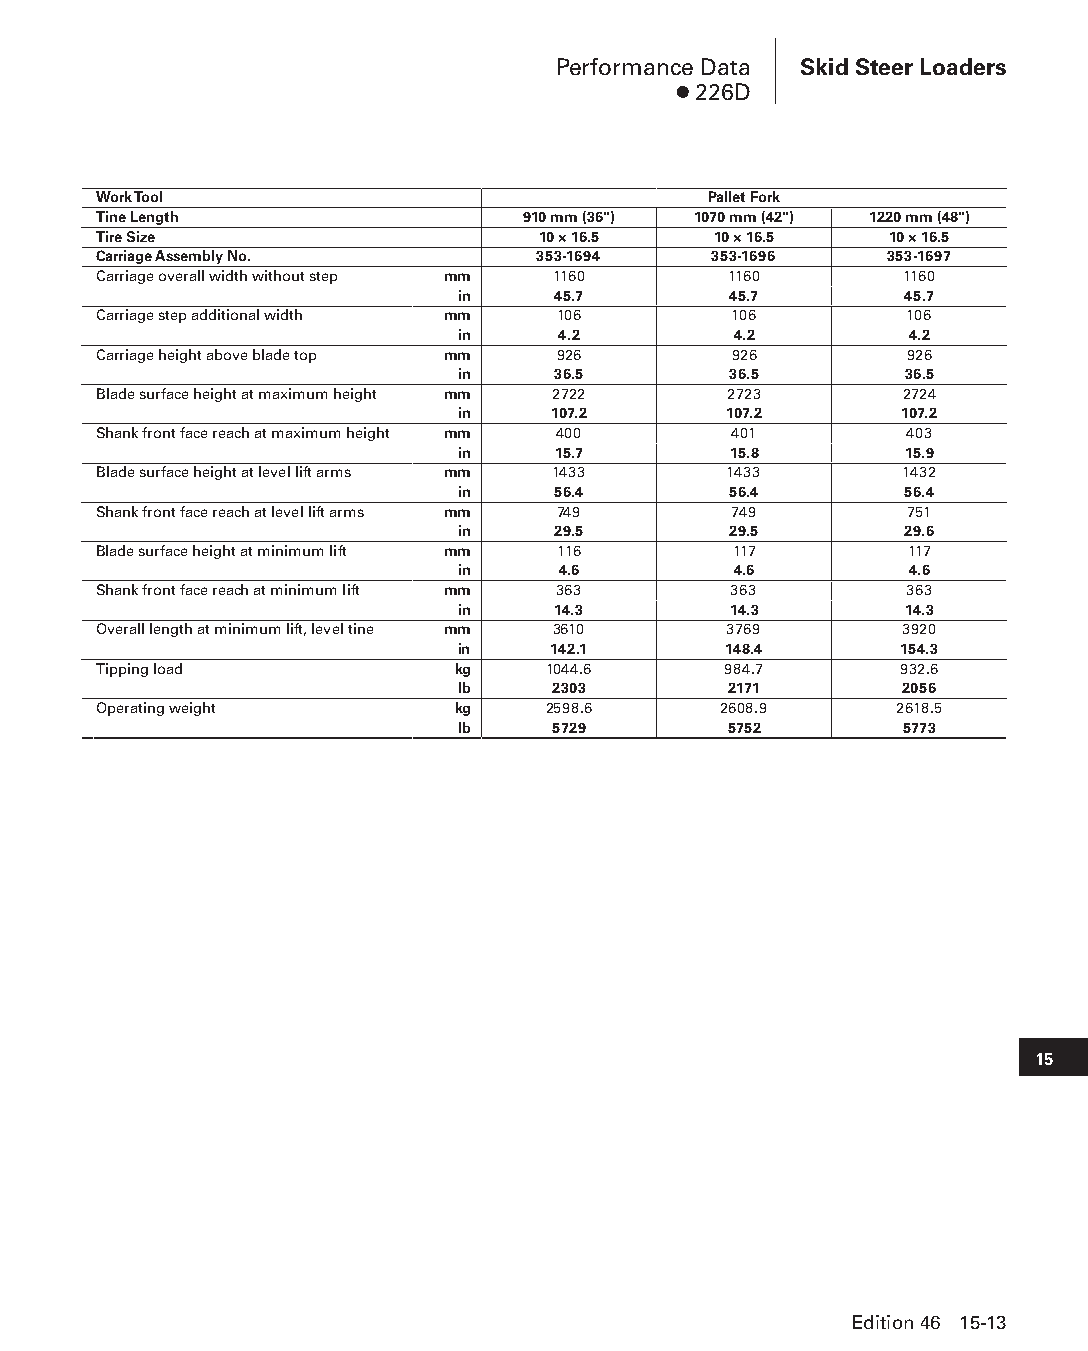
Performance Data Skid Steer Loaders
 ● 226D
 Work Tool                               Pallet Fork
 Tine Length                 910 mm (36") 1070 mm (42") 1220 mm (48")
 Tire Size                    10 × 16.5   10 × 16.5  10 × 16.5
 Carriage Assembly No.        353-1694    353-1696   353-1697
 Carriage overall width without step mm 1160 1160     1160
 in    45.7        45.7       45.7
 Carriage step additional width mm 106     106        106
 in    4.2         4.2         4.2
 Carriage height above blade top mm 926    926        926
 in    36.5        36.5       36.5
 Blade surface height at maximum height mm 2722 2723  2724
 in    107.2      107.2       107.2
 Shank front face reach at maximum height mm 400 401  403
 in    15.7        15.8       15.9
 Blade surface height at level lift arms mm 1433 1433 1432
 in    56.4        56.4       56.4
 Shank front face reach at level lift arms mm 749 749 751
 in    29.5        29.5       29.6
 Blade surface height at minimum lift mm 116 117      117
 in    4.6         4.6         4.6
 Shank front face reach at minimum lift mm 363 363    363
 in    14.3        14.3       14.3
 Overall length at minimum lift, level tine mm 3610 3769 3920
 in    142.1      148.4       154.3
 Tipping load           kg    1044.6      984.7       932.6
 lb    2303        2171       2056
 Operating weight       kg    2598.6      2608.9      2618.5
 lb    5729        5752       5773
 15
 Edition 46 15-13
 PPHHBB--SSeecc1155--1166..iinndddd 1133                        1122//44//1155 1100::5511 AAMM